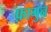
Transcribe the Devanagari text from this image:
फ़ागुन